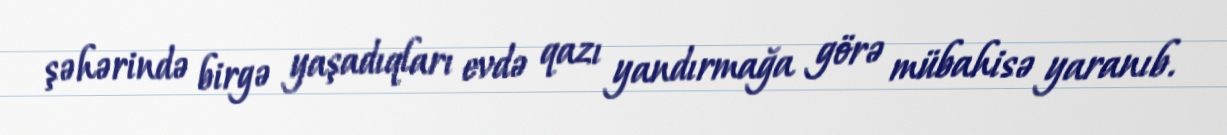
şəhərində birgə yaşadıqları evdə qazı yandırmağa görə mübahisə yaranıb.